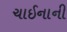
ચાઈનાની